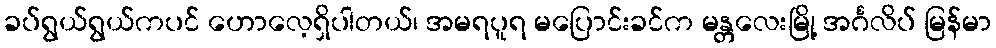
ခပ်ရွယ်ရွယ်ကပင် ဟောလေ့ရှိပါတယ်၊ အမရပူရ မပြောင်းခင်က မန္တလေးမြို့ အင်္ဂလိပ် မြန်မာ